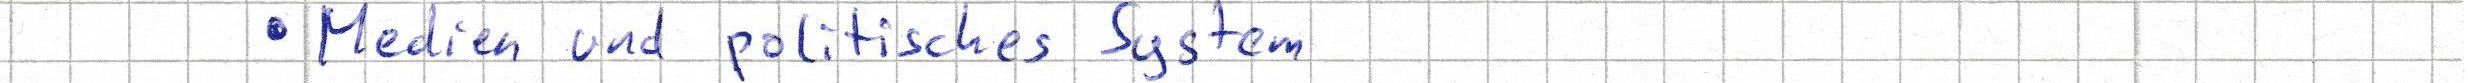
- Medien und politisches System